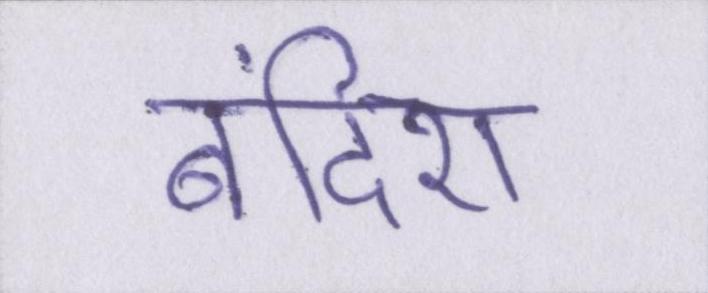
बंदिश